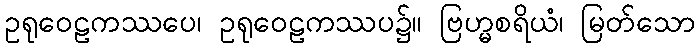
ဥရုဝေဠကဿပေ၊ ဥရုဝေဠကဿပ၌။ ဗြဟ္မစရိယံ၊ မြတ်သော